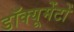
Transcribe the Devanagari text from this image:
डॉक्यूमेंटों